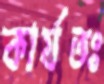
কার্যতঃ